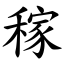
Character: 稼